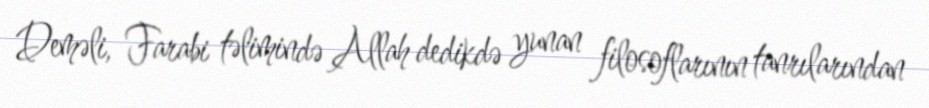
Deməli, Farabi təlimində Allah dedikdə yunan filosoflarının tanrılarından